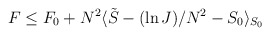
\begin{align*}F \le F_0 + N^2 \langle \tilde{S} - (\ln J)/N^2 - S_0 \rangle_{S_0 } \end{align*}